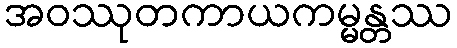
အဝဿုတကာယကမ္မန္တဿ